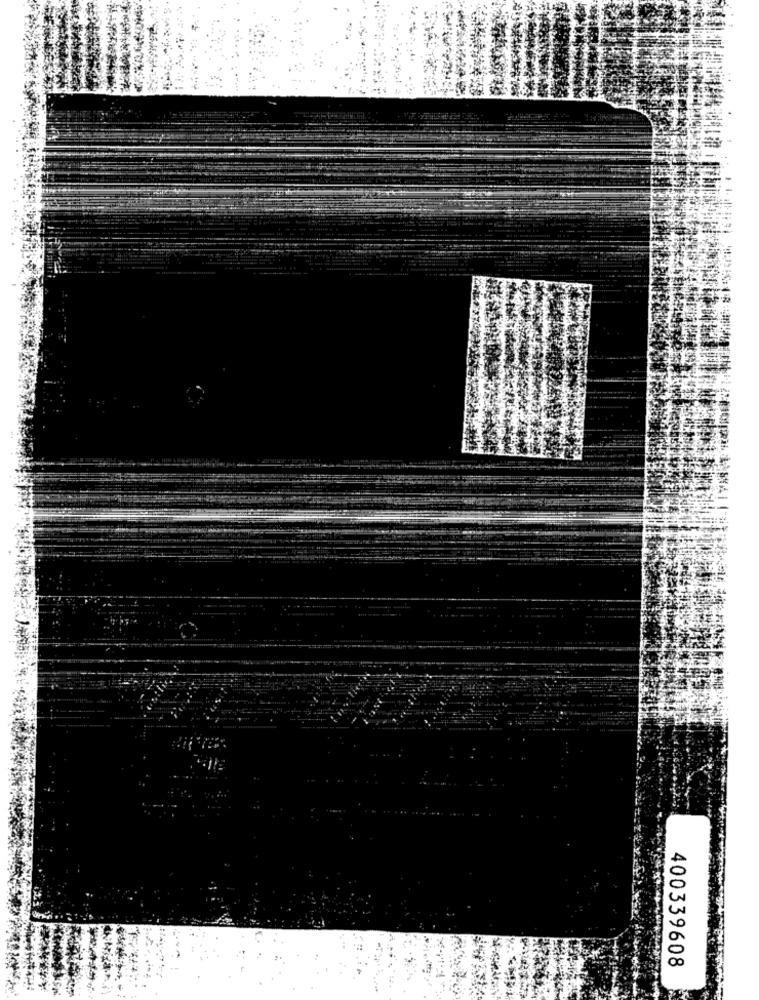
400339608